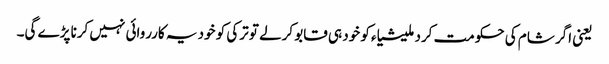
یعنی اگر شام کی حکومت کرد ملیشیاء کو خود ہی قابو کرلے تو ترکی کو خود یہ کارروائی نہیں کرنا پڑے گی۔